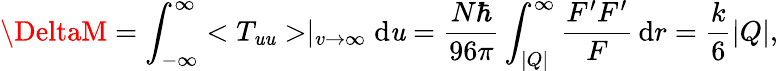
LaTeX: \DeltaM=\int_{-\infty}^{\infty}<T_{\mathit{u}\mathit{u}}>\mid_{v\rightarrow\infty}\mathrm{d}\mathit{u}=\frac{{N\hbar}}{{96\pi}}\int_{|Q|}^{\infty}\frac{{F^{\prime}F^{\prime}}}{{F}}\, \mathrm{d}r=\frac{{k}}{{6}}|Q|,